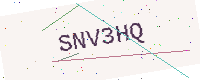
Text: SNV3HQ